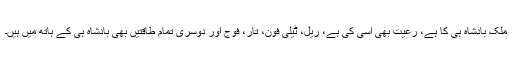
ملک بادشاہ ہی کا ہے، رعیت بھی اسی کی ہے، ریل، ٹیلی فون، تار، فوج اور دوسری تمام طاقتیں بھی بادشاہ ہی کے ہاتھ میں ہیں۔